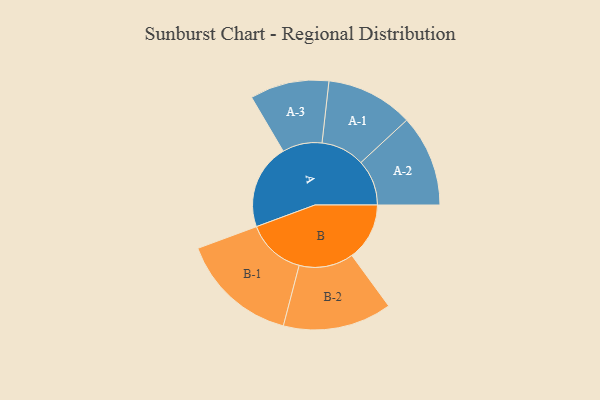
{"axis": {"x": "Segment", "y": "Value"}, "legend": ["", "A", "B"], "data": [{"x": "A", "y": 397, "type": ""}, {"x": "B", "y": 268, "type": ""}, {"x": "A-1", "y": 203, "type": "A"}, {"x": "A-2", "y": 213, "type": "A"}, {"x": "A-3", "y": 184, "type": "A"}, {"x": "B-1", "y": 274, "type": "B"}, {"x": "B-2", "y": 253, "type": "B"}]}